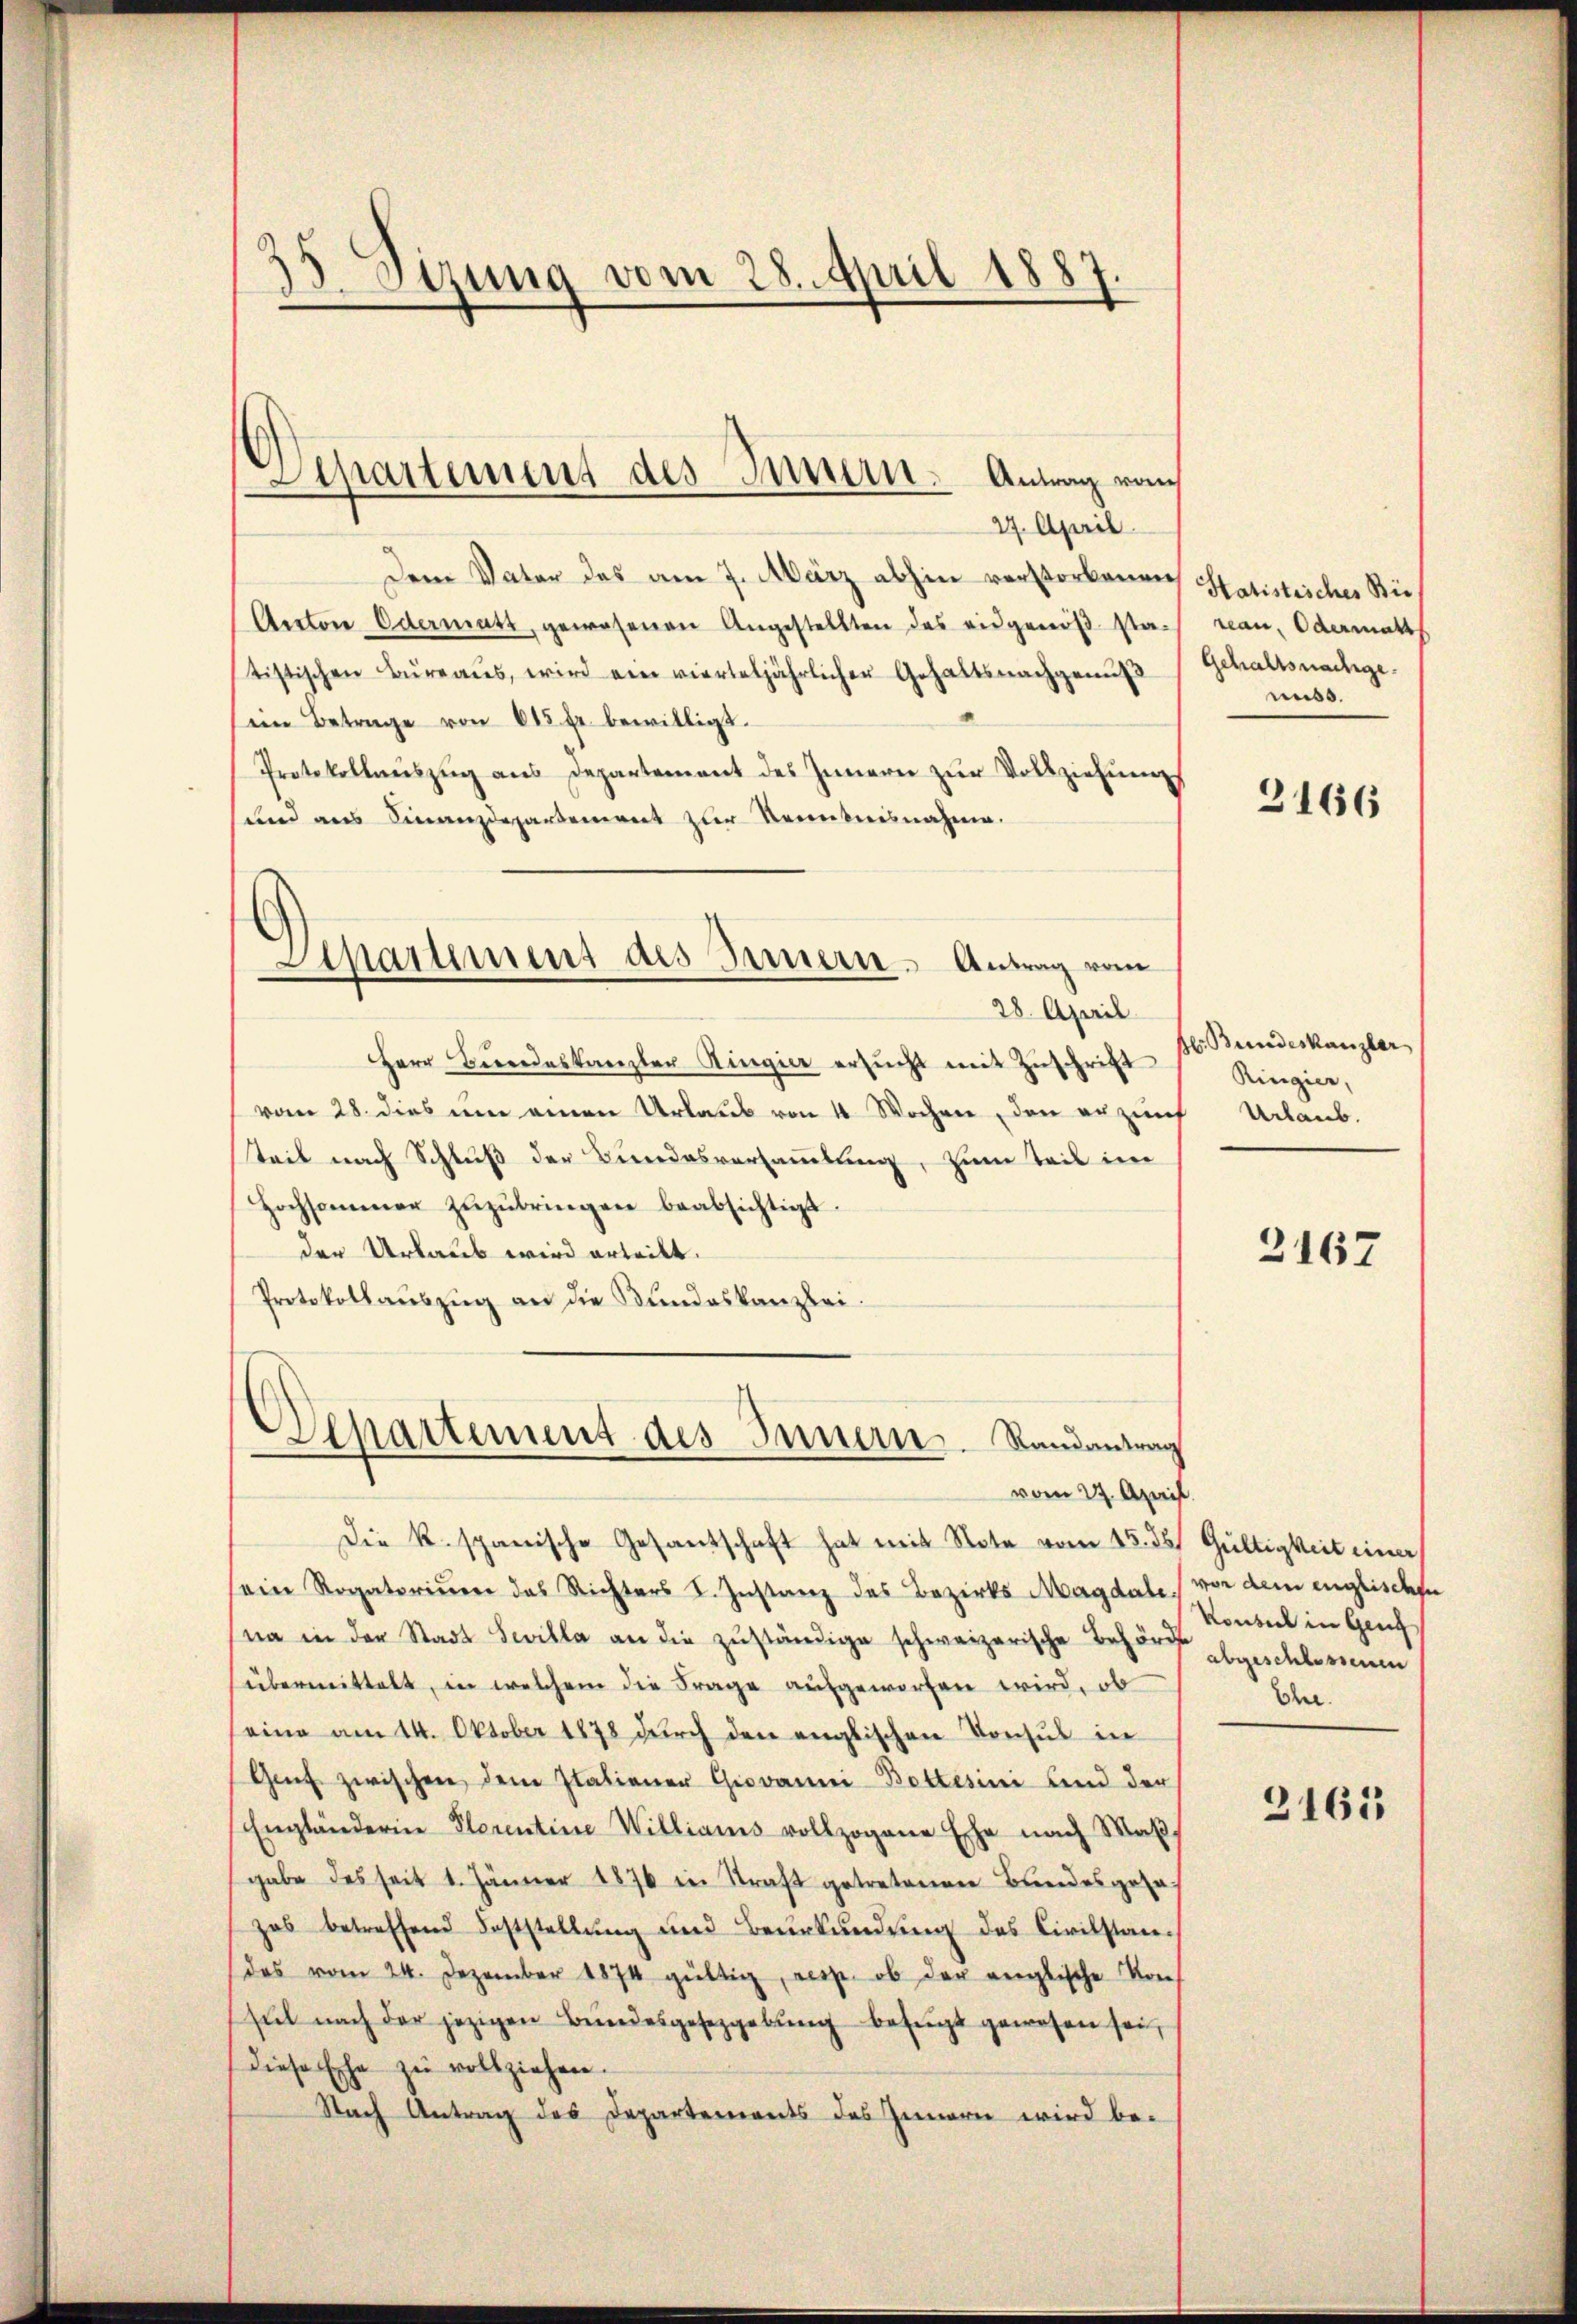
35 Sizung vom 28. April 1887.

Sipartemens des Innern. Antrag vom
27. April

Departement des Innern. Antrag vom

Dem Vater des am 7. März abhin verstorbenen
Aector Odermatt, gewesenen Angestellten des eidgenöβsta-
tistischen Büreaŭs, wird ein vierteljährlicher Gehaltsnachgenŭt
ein Betrage von 615 fr. bewilligt.
Protokollaŭszŭg ans Departement des Innern zŭr Vollziehung
und aus Finanzdepartement zur Kenntnisnahme.
28. April
Herr Beredeskanzler Ringier ersucht mit Zuschrift
vom 28. dies um einen Urlaus von 4 Wochen, den erzins Urlaub.
teil nach Schluß der Bundesversammlung, zum Teil im
Hochsammer zŭzŭbringen beabsichtigt.
der Urlaub wird erteilt.
Protokollauszug an die Bundeskanzlei.
Departement des Innern. Randantrag
vom 27. April.
Die K. spanische Gesantschaft hat mit Note vom 15. ds. Gültigkeit einer
ein Rogatorium das Richters S. Instanz des Bezirks Magdale von dem englischen
na in der Stadt Sevilla an die zuständige schweizerische Behör abgeschlossenen
übermittelt, in welchem die Frage aufgeworfen wird, ob
seine am 14. Oktober 1878 durch den englischen Konsul in
Genf zwischen dem Italiener Giovanni-Bottesini und der
Engländerin Florentine Willianis vollzogene Ehe nach Maßgabe des seit 1. Jänner 1876 in Straft getretenen Bundesgese
zas betreffend Feststellung und Beurkundung des Civilstandas vom 24. Dezember 1874 gültig, resp. ob der englische Kons
sul nach der jezigen Bŭndesgesetzgebung besucht gewesen sei,
diese Ehe zŭ vollziehen.
Nach Antrag des Departements des Innern wird be¬

Hatistisches Bie
reau, Odermatt
Gehaltsnachge
muss.
3166

Hlr. Bundeskanzler
Ringier,

2167

Konzil in Genf
Ehe.
2163